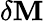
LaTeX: \delta\mathbf{M}